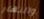
والنهار